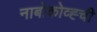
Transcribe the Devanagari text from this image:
नाबोकोव्ह्ची